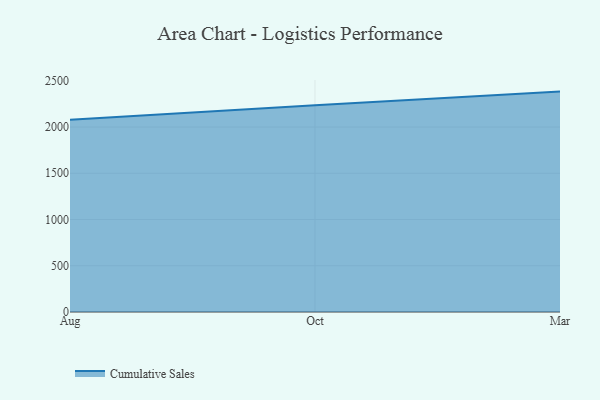
{"axis": {"x": "Month", "y": "Bounce Rate (%)"}, "legend": ["Cumulative Sales"], "data": [{"x": "Aug", "y": 2078.7, "type": "Cumulative Sales"}, {"x": "Oct", "y": 2235.1, "type": "Cumulative Sales"}, {"x": "Mar", "y": 2383.4, "type": "Cumulative Sales"}]}